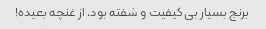
برنج بسیار بی کیفیت و شفته بود. از غنچه بعیده!